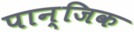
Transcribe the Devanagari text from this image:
पान्जिक